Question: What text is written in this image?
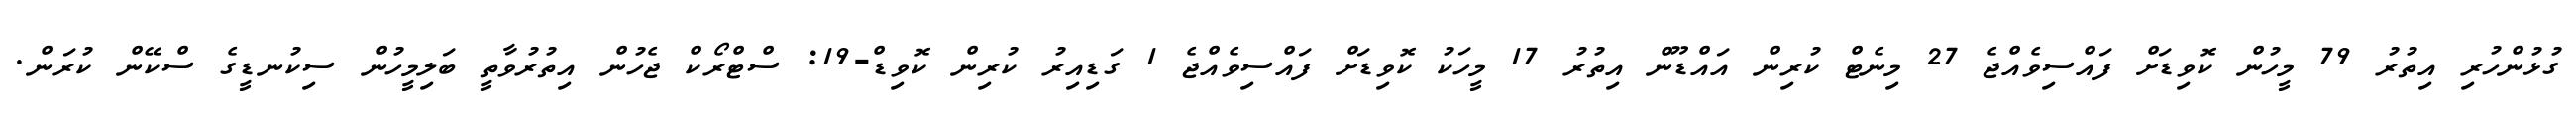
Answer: ގުޅުންހުރި އިތުރު 79 މީހުން ކޮވިޑަށް ފައްސިވެއްޖެ 27 މިނެޓް ކުރިން އައްޑޫން އިތުރު 17 މީހަކު ކޮވިޑަށް ފައްސިވެއްޖެ 1 ގަޑިއިރު ކުރިން ކޮވިޑް-19: ސްޓްރޯކް ޖެހުން އިތުރުވާތީ ބަލިމީހުން ސިކުނޑީގެ ސްކޭން ކުރަން.